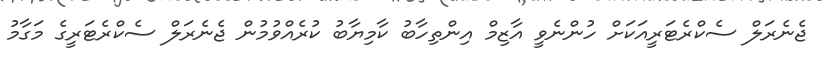
ޖެނެރަލް ސެކްރެޓަރީއަކަށް ހުންނެވީ އާޒިމް އިންތިހާބު ކާމިޔާބު ކުރެއްވުމުން ޖެނެރަލް ސެކްރެޓަރީގެ މަގާމު